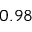
0 . 9 8